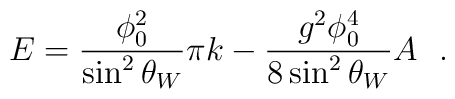
E=\frac{\phi^2_0}{\sin^2 \theta_W} \pi k - \frac{g^2 \phi^4_0}{8 \sin ^2 \theta_W} A~~.